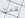
ندمت